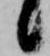
候